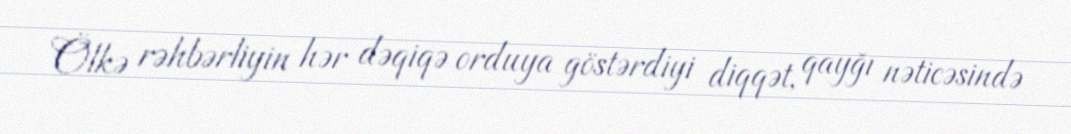
Ölkə rəhbərliyin hər dəqiqə orduya göstərdiyi diqqət, qayğı nəticəsində